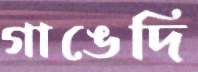
গাঙেদি